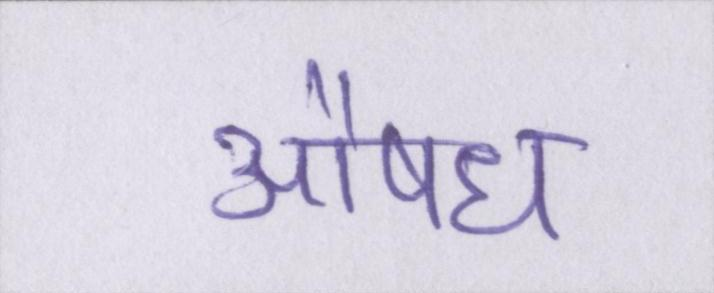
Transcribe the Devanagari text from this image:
औषध